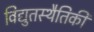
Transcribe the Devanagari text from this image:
विद्युतस्थैतिकी